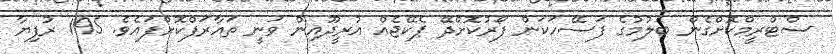
ސްޓްރީމްކޮށްގެން ބެލުމުގެ ފަސޭހަކަން ފޯރުކޮށްދޭ ޕެކޭޖެއް އުރީދޫއިން ވަނީ ތައާރަފްކޮށްފައެވެ. 195 ރުފިޔާ